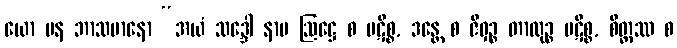
ယော ပန ဘာသမာနော “အယံ သဒ္ဒေါ နာမ ဩဋ္ဌေ စ ပဋိစ္စ, ဒန္တေ စ ဇိဝှဉ္စ တာလုဉ္စ ပဋိစ္စ, စိတ္တဿ စ